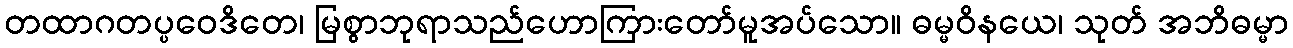
တထာဂတပ္ပဝေဒိတေ၊ မြစွာဘုရာသည်ဟောကြားတော်မူအပ်သော။ ဓမ္မဝိနယေ၊ သုတ် အဘိဓမ္မာ